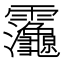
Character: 𮧂